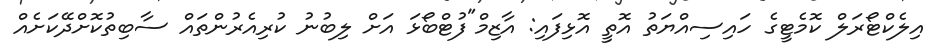
އިލެކްޓޯރަލް ކޮމެޓީގެ ހައިސިއްޔަތު އޮތީ އޮޅިފައި: އާޒިމް"ފުޓްބޯޅަ އަށް ލިބުނު ކުރިއެރުންތައް ސާބިތުކޮށްދޭކަށެއް